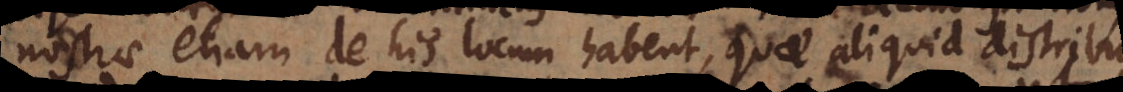
nostrae etiam de his locum habent, quae aliquid distribu